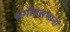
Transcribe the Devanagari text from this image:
संगीतसभांना